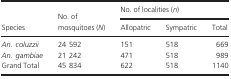
| <ROWSPAN=2> Species | <ROWSPAN=2> No. of mosquitoes (N) | <COLSPAN=3> No. of localities (n) |
 | Allopatric | Sympatric | Total |
 | --- | --- | --- | --- | --- |
 | An. coluzzii | 24 592 | 151 | 518 | 669 |
 | An. gambiae | 21 242 | 471 | 518 | 989 |
 | Grand Total | 45 834 | 622 | 518 | 1140 |